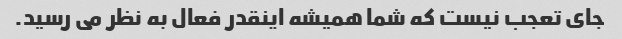
جای تعجب نیست که شما همیشه اینقدر فعال به نظر می رسید.